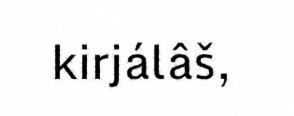
kirjálâš,